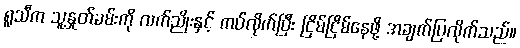
ရူသီက သူ့နှုတ်ခမ်းကို လက်ညိုးနှင့် ကပ်လိုက်ပြီး ငြိမ်ငြိမ်နေဖို့ အချက်ပြလိုက်သည်။